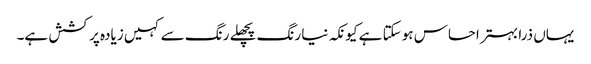
یہاں ذرا بہتر احساس ہو سکتا ہے کیونکہ نیا رنگ پچھلے رنگ سے کہیں زیادہ پرکشش ہے۔